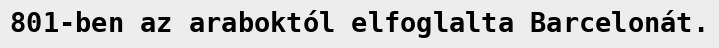
801-ben az araboktól elfoglalta Barcelonát.